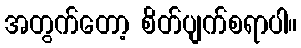
အတွက်တော့ စိတ်ပျက်စရာပါ။